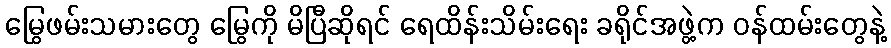
မြွေဖမ်းသမားတွေ မြွေကို မိပြီဆိုရင် ရေထိန်းသိမ်းရေး ခရိုင်အဖွဲ့က ဝန်ထမ်းတွေနဲ့